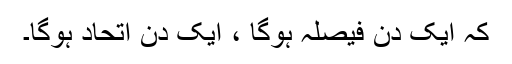
کہ ایک دن فیصلہ ہوگا ، ایک دن اتحاد ہوگا۔